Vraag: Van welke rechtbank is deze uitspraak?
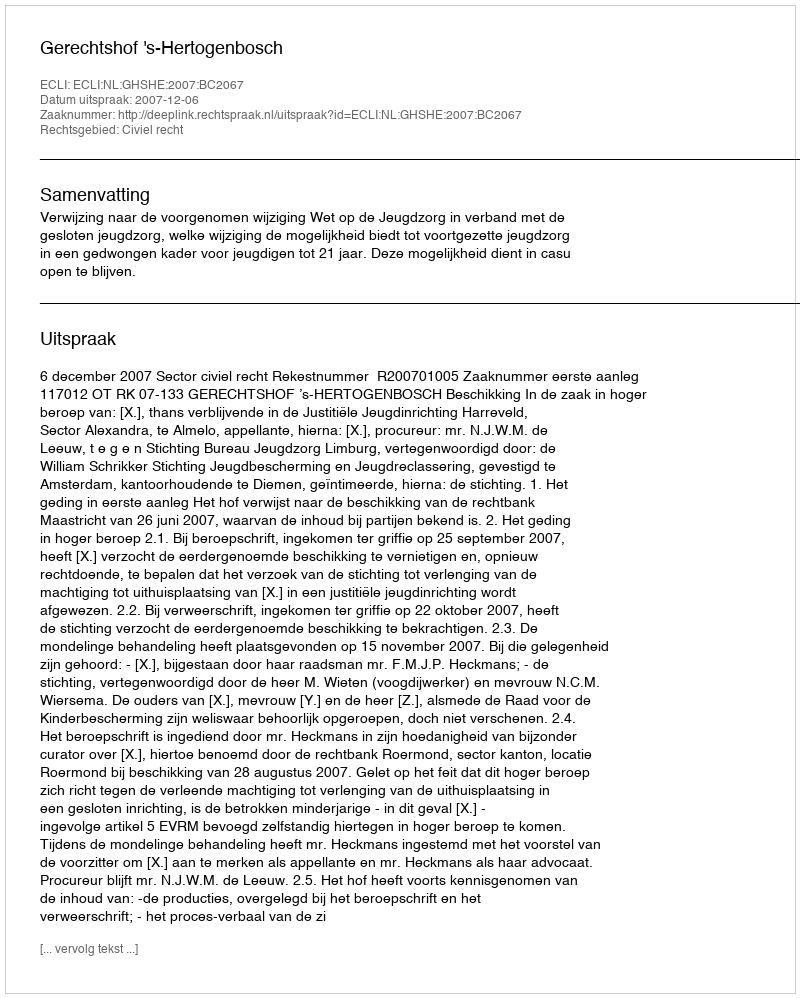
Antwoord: Gerechtshof 's-Hertogenbosch